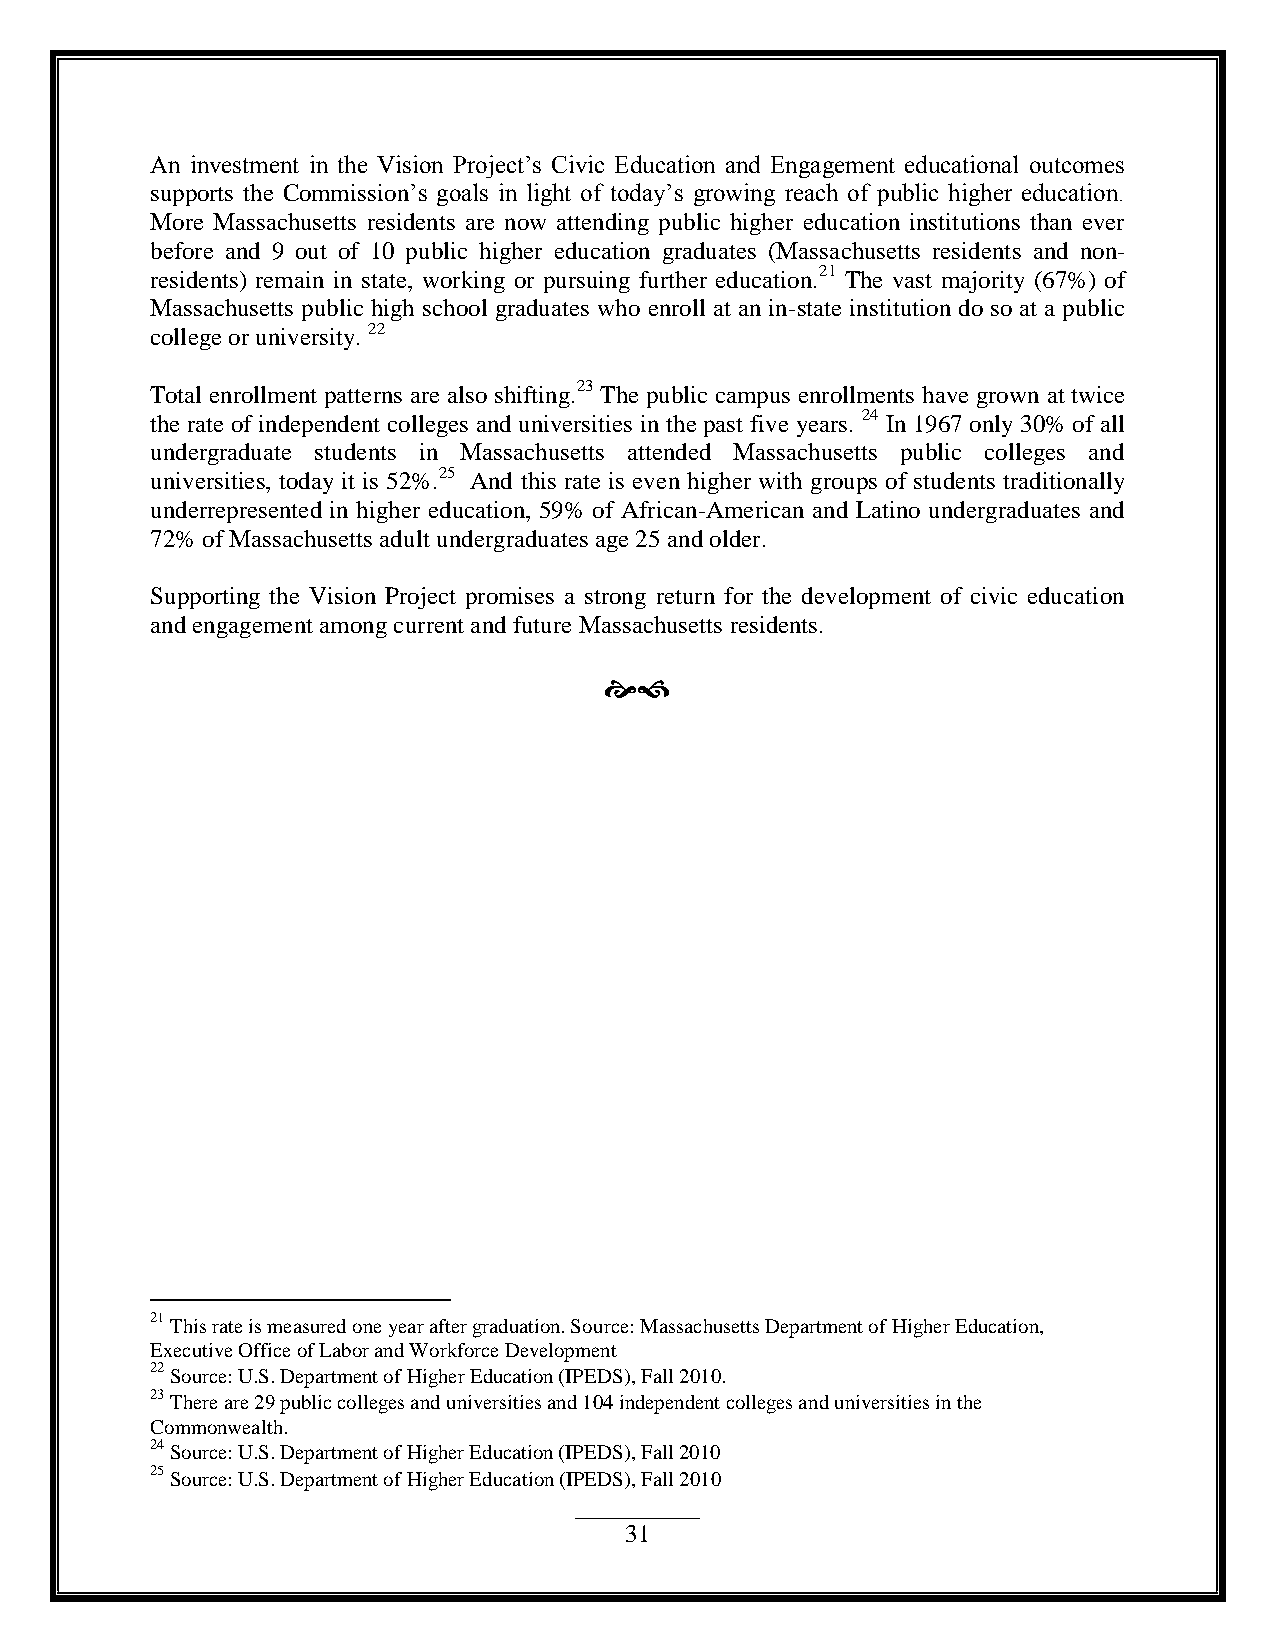
An investment in the Vision Project‟s Civic Education and Engagement educational outcomes
 supports the Commission‟s goals in light of today‟s growing reach of public higher education.
 More Massachusetts residents are now attending public higher education institutions than ever
 before and 9 out of 10 public higher education graduates (Massachusetts residents and non-
 residents) remain in state, working or pursuing further education.21 The vast majority (67%) of
 Massachusetts public high school graduates who enroll at an in-state institution do so at a public
 college or university. 22
 Total enrollment patterns are also shifting.23 The public campus enrollments have grown at twice
 the rate of independent colleges and universities in the past five years. 24 In 1967 only 30% of all
 undergraduate students in Massachusetts attended Massachusetts public colleges and
 universities, today it is 52%.25 And this rate is even higher with groups of students traditionally
 underrepresented in higher education, 59% of African-American and Latino undergraduates and
 72% of Massachusetts adult undergraduates age 25 and older.
 Supporting the Vision Project promises a strong return for the development of civic education
 and engagement among current and future Massachusetts residents.
 
 21 This rate is measured one year after graduation. Source: Massachusetts Department of Higher Education,
 Executive Office of Labor and Workforce Development
 22 Source: U.S. Department of Higher Education (IPEDS), Fall 2010.
 23 There are 29 public colleges and universities and 104 independent colleges and universities in the
 Commonwealth.
 24 Source: U.S. Department of Higher Education (IPEDS), Fall 2010
 25 Source: U.S. Department of Higher Education (IPEDS), Fall 2010
 31